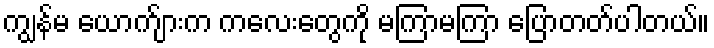
ကျွန်မ ယောက်ျားက ကလေးတွေကို မကြာမကြာ ပြောတတ်ပါတယ်။